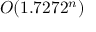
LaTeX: O ( 1 . 7 2 7 2 ^ { n } )